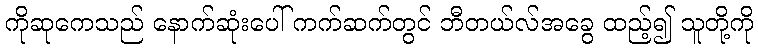
ကိုဆုကေသည် နောက်ဆုံးပေါ် ကက်ဆက်တွင် ဘီတယ်လ်အခွေ ထည့်၍ သူတို့ကို